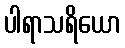
ပါရာသရိယော